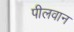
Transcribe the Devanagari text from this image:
पीलवान